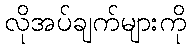
လိုအပ်ချက်များကို